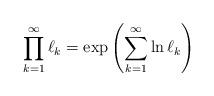
LaTeX: \begin{align*}\prod\limits_{k=1}^{\infty}\ell_{k}=\exp\left(\sum\limits_{k=1}^{\infty}\ln\ell_k\right)\end{align*}